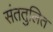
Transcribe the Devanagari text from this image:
संततुलित